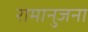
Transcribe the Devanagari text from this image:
रामानुजना